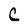
Character: C